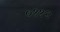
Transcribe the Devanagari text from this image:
०११२